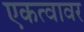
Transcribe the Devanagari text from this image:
एकत्वावर